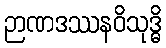
ဉာဏဒဿနဝိသုဒ္ဓိ